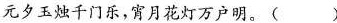
元夕玉烛千门乐，宵月花灯万户明。( )